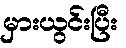
မှားယွင်းပြီး